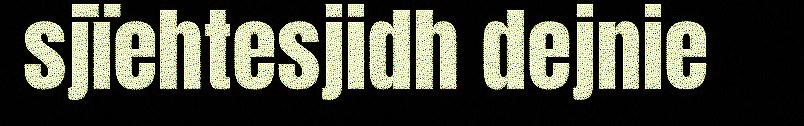
sjïehtesjidh dejnie